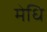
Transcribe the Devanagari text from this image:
मेधि